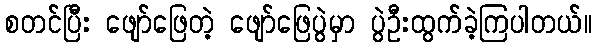
စတင်ပြီး ဖျော်ဖြေတဲ့ ဖျော်ဖြေပွဲမှာ ပွဲဦးထွက်ခဲ့ကြပါတယ်။